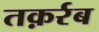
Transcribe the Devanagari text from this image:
तक़र्रब